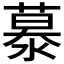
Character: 𪷂